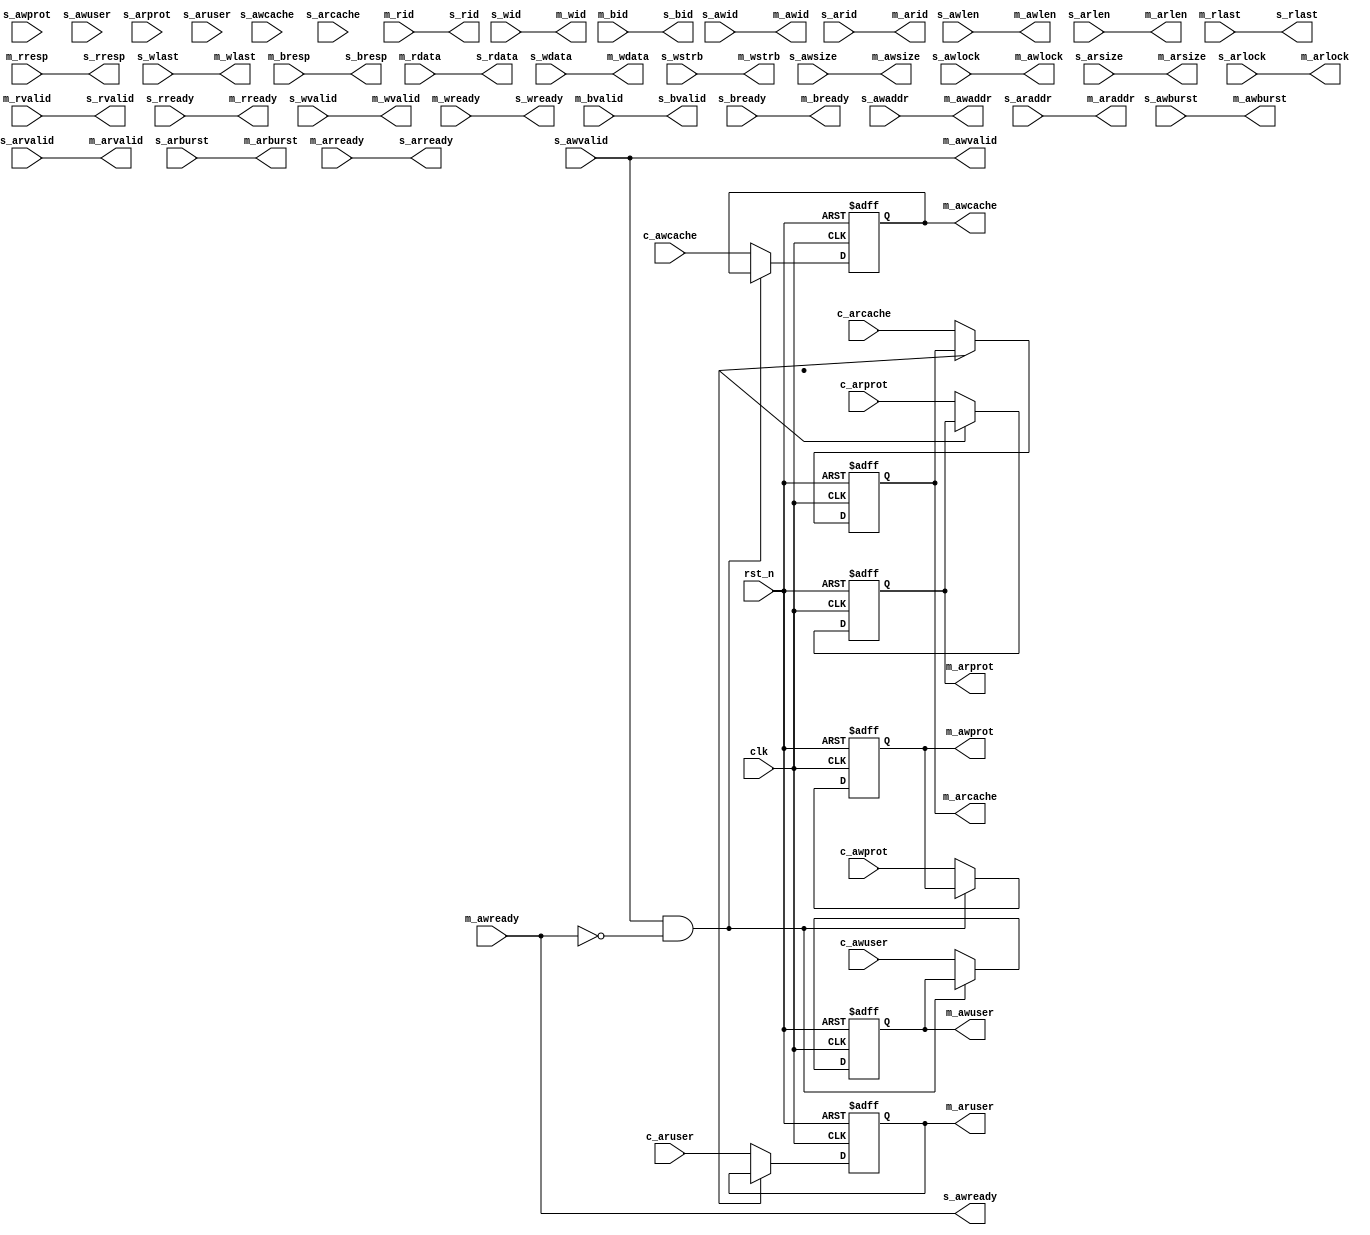
module axi_conduit_merger #(
  parameter ID_WIDTH      = 1,
  parameter DATA_WIDTH    = 128,
  parameter ADDRESS_WIDTH = 32,
  parameter AXUSER_WIDTH  = 5  
) (
// axi master
output       				m_awvalid,  
output [3:0] 				m_awlen  ,  
output [2:0] 				m_awsize ,  
output [1:0] 				m_awburst,  
output [1:0] 				m_awlock ,  
output [3:0] 				m_awcache,  
output [2:0] 				m_awprot ,  
input        				m_awready,  
output [AXUSER_WIDTH-1:0] 	m_awuser ,  
output       				m_arvalid,  
output [3:0] 				m_arlen  ,  
output [2:0] 				m_arsize ,  
output [1:0] 				m_arburst,  
output [1:0] 				m_arlock ,  
output [3:0] 				m_arcache,  
output [2:0] 				m_arprot ,  
input        				m_arready,  
output [AXUSER_WIDTH-1:0] 	m_aruser ,  
input        				m_rvalid ,  
input        				m_rlast  ,  
input  [1:0] 				m_rresp  ,  
output       				m_rready ,  
output       				m_wvalid ,  
output       				m_wlast  ,  
input        				m_wready ,  
input        				m_bvalid ,  
input  [1:0] 				m_bresp  ,  
output       				m_bready ,  
output [ADDRESS_WIDTH-1:0] 	m_awaddr ,   
output [ID_WIDTH-1:0] 		m_awid   ,   
output [ADDRESS_WIDTH-1:0] 	m_araddr ,   
output [ID_WIDTH-1:0] 		m_arid   ,   
input  [DATA_WIDTH-1:0] 	m_rdata  ,   
input  [ID_WIDTH-1:0] 		m_rid    ,   
output [DATA_WIDTH-1:0] 	m_wdata  ,   
output [DATA_WIDTH/8-1:0]  	m_wstrb  ,   
output [ID_WIDTH-1:0] 		m_wid    ,   
input  [ID_WIDTH-1:0] 		m_bid    ,   

// axi slave
input       				s_awvalid,  
input  [3:0] 				s_awlen  ,  
input  [2:0] 				s_awsize ,  
input  [1:0] 				s_awburst,  
input  [1:0] 				s_awlock ,  
input  [3:0] 				s_awcache,  
input  [2:0] 				s_awprot ,  
output         				s_awready,  
input  [AXUSER_WIDTH-1:0] 	s_awuser ,  
input       				s_arvalid,  
input  [3:0] 				s_arlen  ,  
input  [2:0] 				s_arsize ,  
input  [1:0] 				s_arburst,  
input  [1:0] 				s_arlock ,  
input  [3:0] 				s_arcache,  
input  [2:0] 				s_arprot ,  
output         				s_arready,  
input  [AXUSER_WIDTH-1:0] 	s_aruser ,  
output        				s_rvalid ,  
output        				s_rlast  ,  
output [1:0] 				s_rresp  ,  
input       				s_rready ,  
input       				s_wvalid ,  
input       				s_wlast  ,  
output        				s_wready ,  
output        				s_bvalid ,  
output [1:0] 				s_bresp  ,  
input       				s_bready ,  
input  [ADDRESS_WIDTH-1:0] 	s_awaddr,   
input  [ID_WIDTH-1:0] 		s_awid  ,   
input  [ADDRESS_WIDTH-1:0] 	s_araddr,   
input  [ID_WIDTH-1:0] 		s_arid  ,   
output [DATA_WIDTH-1:0] 	s_rdata ,   
output [ID_WIDTH-1:0] 		s_rid   ,   
input  [DATA_WIDTH-1:0] 	s_wdata ,   
input  [DATA_WIDTH/8-1:0]  	s_wstrb ,   
input  [ID_WIDTH-1:0] 		s_wid   ,   
output [ID_WIDTH-1:0] 		s_bid   ,  

// conduits 
input [3:0] 				c_awcache,
input [2:0] 				c_awprot ,
input [AXUSER_WIDTH-1:0] 	c_awuser,
input [3:0] 				c_arcache,
input [2:0] 				c_arprot ,
input [AXUSER_WIDTH-1:0] 	c_aruser,
	  
// clock and reset
input    					clk,
input    					rst_n 
);

wire                        axi_wbus_bp;
wire                        axi_rbus_bp;
wire [3:0] 					v_awcache;
wire [2:0] 					v_awprot;
wire [AXUSER_WIDTH-1:0] 	v_awuser;
reg  [3:0] 					r_awcache;
reg  [2:0] 					r_awprot;
reg  [AXUSER_WIDTH-1:0] 	r_awuser;
wire [3:0] 					v_arcache;
wire [2:0] 					v_arprot;
wire [AXUSER_WIDTH-1:0] 	v_aruser;
reg  [3:0] 					r_arcache;
reg  [2:0] 					r_arprot;
reg  [AXUSER_WIDTH-1:0] 	r_aruser;

assign axi_wbus_bp = s_awvalid & ~m_awready;
assign v_awcache  = (!axi_wbus_bp) ? c_awcache : r_awcache;
assign v_awprot   = (!axi_wbus_bp) ? c_awprot  : r_awprot;
assign v_awuser   = (!axi_wbus_bp) ? c_awuser  : r_awuser;
assign v_arcache  = (!axi_rbus_bp) ? c_arcache : r_arcache;
assign v_arprot   = (!axi_rbus_bp) ? c_arprot  : r_arprot;
assign v_aruser   = (!axi_rbus_bp) ? c_aruser  : r_aruser;

always @(posedge clk or negedge rst_n) begin
if (!rst_n) begin
  r_awcache <= 4'd0;
  r_awprot  <= 3'd0;
  r_awuser  <= {AXUSER_WIDTH{1'b0}};
  r_arcache <= 4'd0;
  r_arprot  <= 3'd0;
  r_aruser  <= {AXUSER_WIDTH{1'b0}};
  end
else begin
  r_awcache <= v_awcache;
  r_awprot  <= v_awprot;
  r_awuser  <= v_awuser;
  r_arcache <= v_arcache;
  r_arprot  <= v_arprot;
  r_aruser  <= v_aruser;
  end
end

// conduit signals replacement
assign m_awcache = r_awcache;
assign m_awprot  = r_awprot;
assign m_awuser  = r_awuser;
assign m_arcache = r_arcache;
assign m_arprot  = r_arprot;
assign m_aruser  = r_aruser;

// axi bus assignment
assign m_awvalid = s_awvalid   ;
assign m_awlen   = s_awlen     ;
assign m_awsize  = s_awsize    ;
assign m_awburst = s_awburst   ;
assign m_awlock  = s_awlock    ;
// assign m_awcache = s_awcache;
// assign m_awprot  = s_awprot ;
// assign m_awuser  = s_awuser ;
assign m_awaddr  = s_awaddr    ;
assign m_awid    = s_awid      ;
assign s_awready = m_awready   ;
assign m_arvalid = s_arvalid   ;
assign m_arlen   = s_arlen     ;
assign m_arsize  = s_arsize    ;
assign m_arburst = s_arburst   ;
assign m_arlock  = s_arlock    ;
// assign m_arcache = s_arcache;
// assign m_arprot  = s_arprot ;
// assign m_aruser  = s_aruser ;
assign m_araddr  = s_araddr    ;
assign m_arid    = s_arid      ;
assign s_arready = m_arready   ;
assign s_rvalid  = m_rvalid    ;
assign s_rlast   = m_rlast     ;
assign s_rresp   = m_rresp     ;
assign s_rdata   = m_rdata     ;
assign s_rid     = m_rid       ;
assign m_rready  = s_rready    ;
assign m_wvalid  = s_wvalid    ;
assign m_wlast   = s_wlast     ;
assign m_wdata   = s_wdata     ;
assign m_wstrb   = s_wstrb     ;
assign m_wid     = s_wid       ;
assign s_wready  = m_wready    ;
assign s_bvalid  = m_bvalid    ;
assign s_bresp   = m_bresp     ;
assign s_bid     = m_bid       ;
assign m_bready  = s_bready    ;      

endmodule